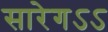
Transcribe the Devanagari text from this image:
सारेगऽऽ